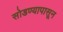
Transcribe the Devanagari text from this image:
सोडण्यापासून